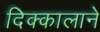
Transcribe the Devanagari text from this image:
दिक्कालाने